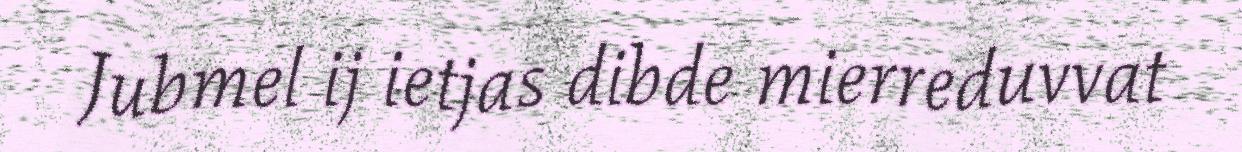
Jubmel ij ietjas dibde mierreduvvat